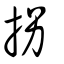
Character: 拐